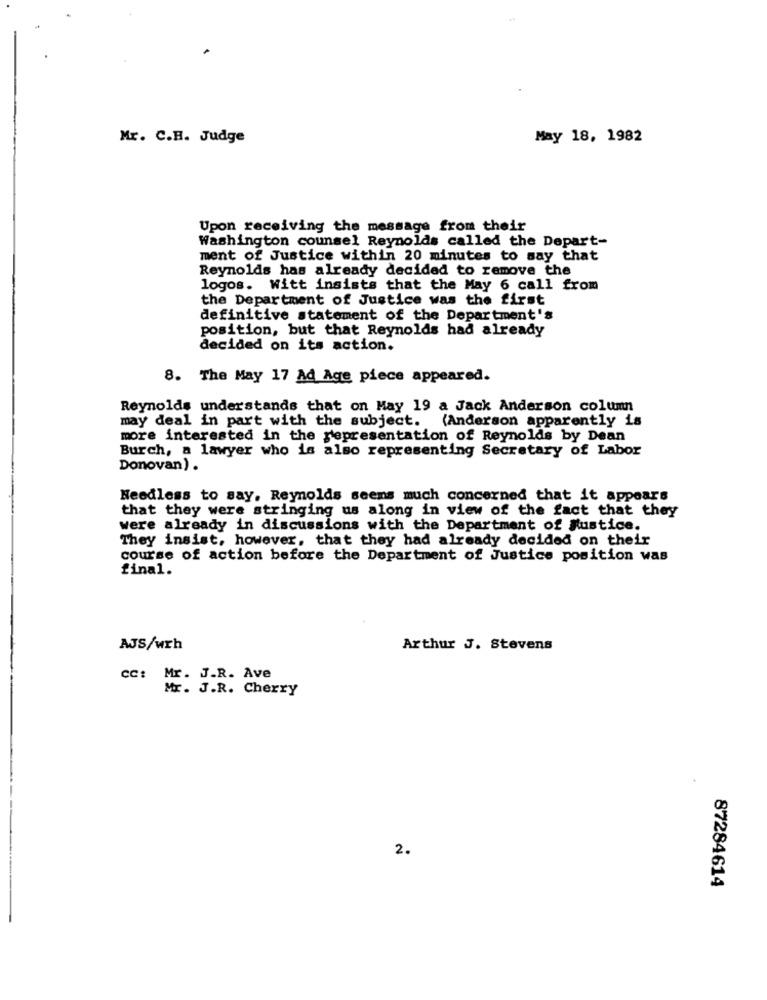
Mr. C.R. Judge
May 18, 1982
Upon receiving the message from their
Washington counsel Reynolds called the Depart-
ment of Justice within 20 minutes to say that
Reynolds has already decided to remove the
logos. Witt insists that the May 6 call from
the Department of Justice was the first
definitive statement of the Department's
position, but that Reynolds had already
decided on its action.
8. The May 17 Ad Age piece appeared.
Reynolds understands that on May 19 a Jack Anderson column
may deal in part with the subject. (Anderson apparently is
more interested in the representation of Reynolds by Dean
Burch, a lawyer who is also representing Secretary of Labor
Donovan) .
Needless to say. Reynolds seems much concerned that it appears
that they were stringing us along in view of the fact that they
were already in discussions with the Department of justice.
They insist, however, that they had already decided on their
course of action before the Department of Justice position was
final.
AJS/wrh
Arthur J. Stevens
cc: Mr. J.R. Ave
Mr. J.R. Cherry
2.
87284614